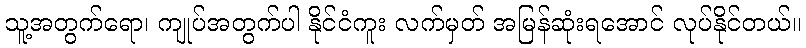
သူ့အတွက်ရော၊ ကျုပ်အတွက်ပါ နိုင်ငံကူး လက်မှတ် အမြန်ဆုံးရအောင် လုပ်နိုင်တယ်။